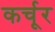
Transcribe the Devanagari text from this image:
कर्चूर